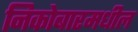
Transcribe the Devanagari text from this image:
निकोबारमधील